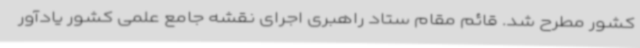
کشور مطرح شد. قائم مقام ستاد راهبری اجرای نقشه جامع علمی کشور یادآور